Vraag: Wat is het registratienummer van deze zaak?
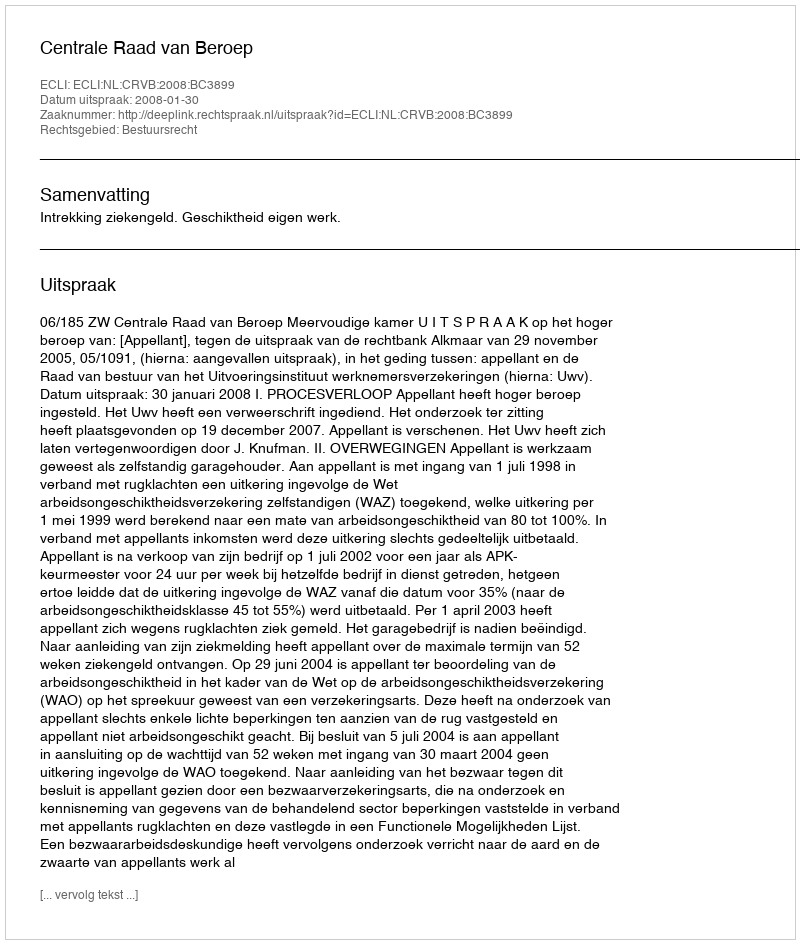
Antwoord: http://deeplink.rechtspraak.nl/uitspraak?id=ECLI:NL:CRVB:2008:BC3899